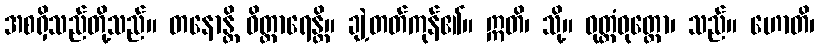
အစရှိသည်တို့သည်။ တနောန္တိ ဝိတ္တာရေန္တိ။ ချဲ့တတ်ကုန်၏။ ဣတိ၊ သို့။ ဝုတ္တံဝုတ္တော၊ သည်။ ဟောတိ၊